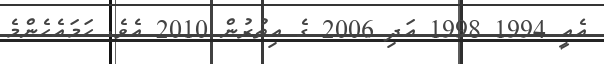
އެއީ 1994 1998 އަދި 2006 ގެ އިތުރުން 2010 އެވެ. ހަމައެހެންމެ